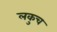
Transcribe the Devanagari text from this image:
लकुच